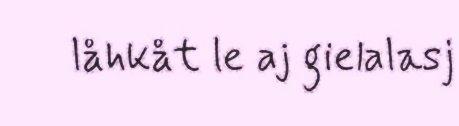
låhkåt le aj gielalasj